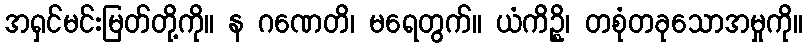
အရှင်မင်းမြတ်တို့ကို။ န ဂဏေတိ၊ မရေတွက်။ ယံကိဥ္စိ၊ တစုံတခုသောအမှုကို။